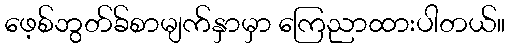
ဖေ့စ်ဘွတ်ခ်စာမျက်နှာမှာ ကြေညာထားပါတယ်။